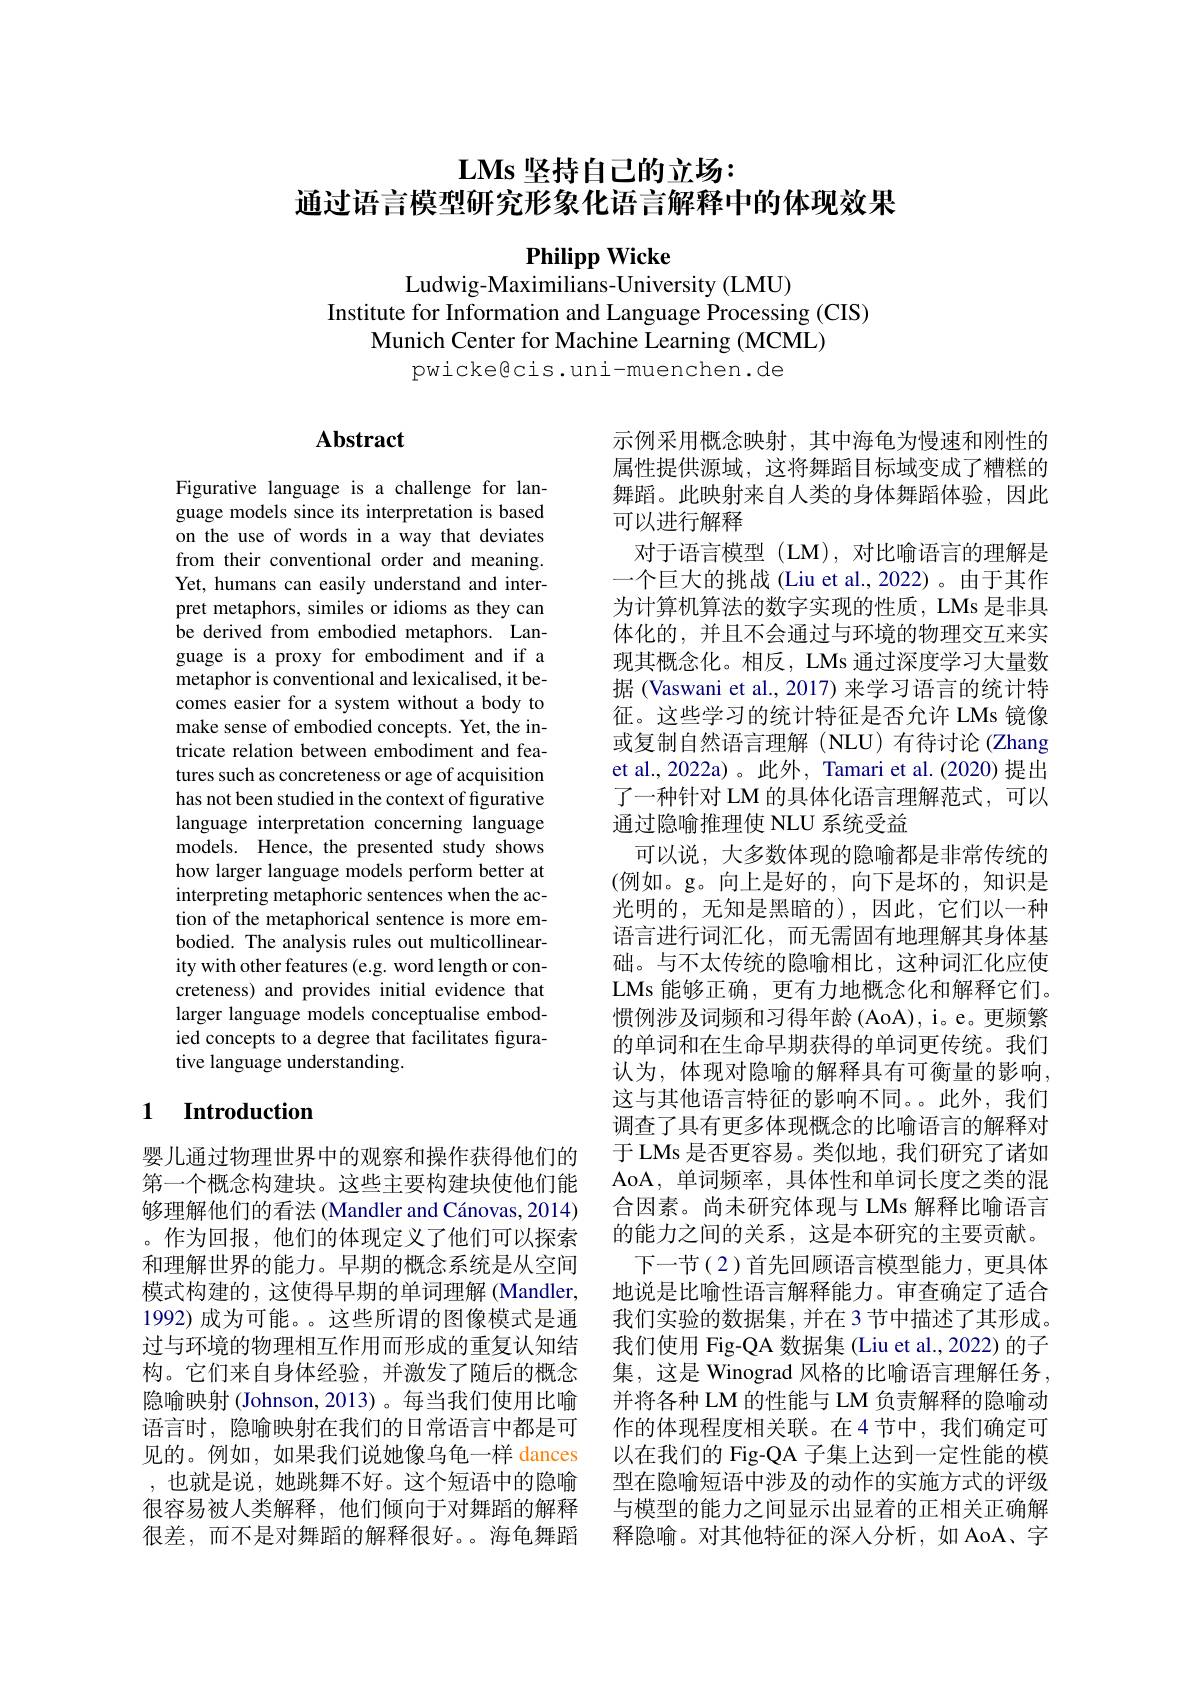
# $\mathbf{LMs}$坚持自己的立场： 通过语言模型研究形象化语言解释中的体现效果

Philipp Wicke
Ludwig-Maximilians-University (LMU)

Institute for Information and Language Processing (CIS)
Munich Center for Machine Learning (MCML)
pwicke@cis.uni-muenchen.de

### $\mathbf{Abstract}$

Figurative language is a challenge for language models since its interpretation is based on the use of words in a way that deviates from their conventional order and meaning. Yet, humans can easily understand and interpret metaphors, similes or idioms as they can be derived from embodied metaphors. Language is a proxy for embodiment and if a metaphor is conventional and lexicalised, it becomes easier for a system without a body to make sense of embodied concepts. Yet, the intricate relation between embodiment and features such as concreteness or age of acquisition has not been studied in the context of figurative language interpretation concerning language models. Hence, the presented study shows how larger language models perform better at interpreting metaphoric sentences when the action of the metaphorical sentence is more embodied. The analysis rules out multicollinearity with other features (e.g. word length or concreteness) and provides initial evidence that larger language models conceptualise embodied concepts to a degree that facilitates figurative language understanding.

## 1 $\textbf{Introduction}$

婴儿通过物理世界中的观察和操作获得他们的第一个概念构建块。这些主要构建块使他们能够理解他们的看法 (Mandler and Cánovas, 2014) 。作为回报，他们的体现定义了他们可以探索和理解世界的能力。早期的概念系统是从空间模式构建的，这使得早期的单词理解(Mandler, 1992)成为可能。。这些所谓的图像模式是通过与环境的物理相互作用而形成的重复认知结构。它们来自身体经验，并激发了随后的概念隐喻映射 (Johnson, 2013)。每当我们使用比喻语言时，隐喻映射在我们的日常语言中都是可见的。例如，如果我们说她像乌龟一样 dances ,也就是说，她跳舞不好。这个短语中的隐喻很容易被人类解释，他们倾向于对舞蹈的解释很差，而不是对舞蹈的解释很好。海龟舞蹈

示例采用概念映射，其中海龟为慢速和刚性的属性提供源域，这将舞蹈目标域变成了糟糕的舞蹈。此映射来自人类的身体舞蹈体验，因此可以进行解释
对于语言模型(LM),对比喻语言的理解是一个巨大的挑战 (Liu et al., 2022)。由于其作为计算机算法的数字实现的性质，LMs 是非具体化的，并且不会通过与环境的物理交互来实现其概念化。相反，LMs 通过深度学习大量数据 (Vaswani et al., 2017) 来学习语言的统计特征。这些学习的统计特征是否允许 LMs 镜像或复制自然语言理解(NLU)有待讨论(Zhang et al., 2022a)。此外，Tamari et al. (2020) 提出了一种针对 LM 的具体化语言理解范式，可以通过隐喻推理使 NLU 系统受益
可以说，大多数体现的隐喻都是非常传统的(例如。g。向上是好的，向下是坏的，知识是光明的，无知是黑暗的),因此，它们以一种语言进行词汇化，而无需固有地理解其身体基础。与不太传统的隐喻相比，这种词汇化应使LMs 能够正确，更有力地概念化和解释它们。惯例涉及词频和习得年龄 (AoA), i。e。更频繁的单词和在生命早期获得的单词更传统。我们认为，体现对隐喻的解释具有可衡量的影响， 这与其他语言特征的影响不同。。此外，我们调查了具有更多体现概念的比喻语言的解释对于 LMs 是否更容易。类似地，我们研究了诸如AoA,单词频率，具体性和单词长度之类的混合因素。尚未研究体现与 LMs 解释比喻语言的能力之间的关系，这是本研究的主要贡献。
下一节(2)首先回顾语言模型能力，更具体地说是比喻性语言解释能力。审查确定了适合我们实验的数据集，并在 3 节中描述了其形成。我们使用 Fig-QA 数据集 (Liu et al., 2022) 的子集，这是 Winograd 风格的比喻语言理解任务， 并将各种 LM 的性能与 LM 负责解释的隐喻动作的体现程度相关联。在4节中，我们确定可以在我们的 Fig-QA 子集上达到一定性能的模型在隐喻短语中涉及的动作的实施方式的评级与模型的能力之间显示出显着的正相关正确解释隐喻。对其他特征的深人分析，如 AoA、字